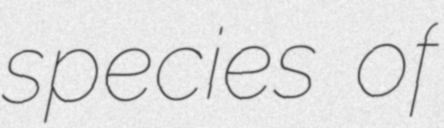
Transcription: species of